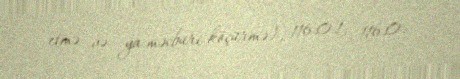
etmə və ya məcburi köçürmə), 116.0.1, 116.0.